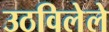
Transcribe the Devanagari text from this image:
उठविलेले